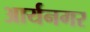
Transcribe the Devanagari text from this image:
आर्यनगर